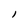
Character: l